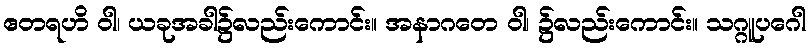
ဧတရဟိ ဝါ၊ ယခုအခါ၌လည်းကောင်း။ အနာဂတေ ဝါ၊ ၌လည်းကောင်း။ သဂ္ဂူပဂေါ